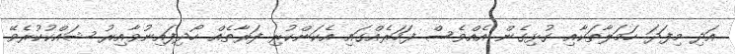
އަދި މިފަދަ ހަމަލާތަކާއި ގުޅިގެން އެއްވެސް ފަހަރެއްގައި އެކަންކުރި ފަރާތެއް ހޯދިފައިނުވާއިރު ޝައްކުކުރެވޭ